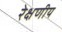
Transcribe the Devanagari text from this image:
रेक्षणीय